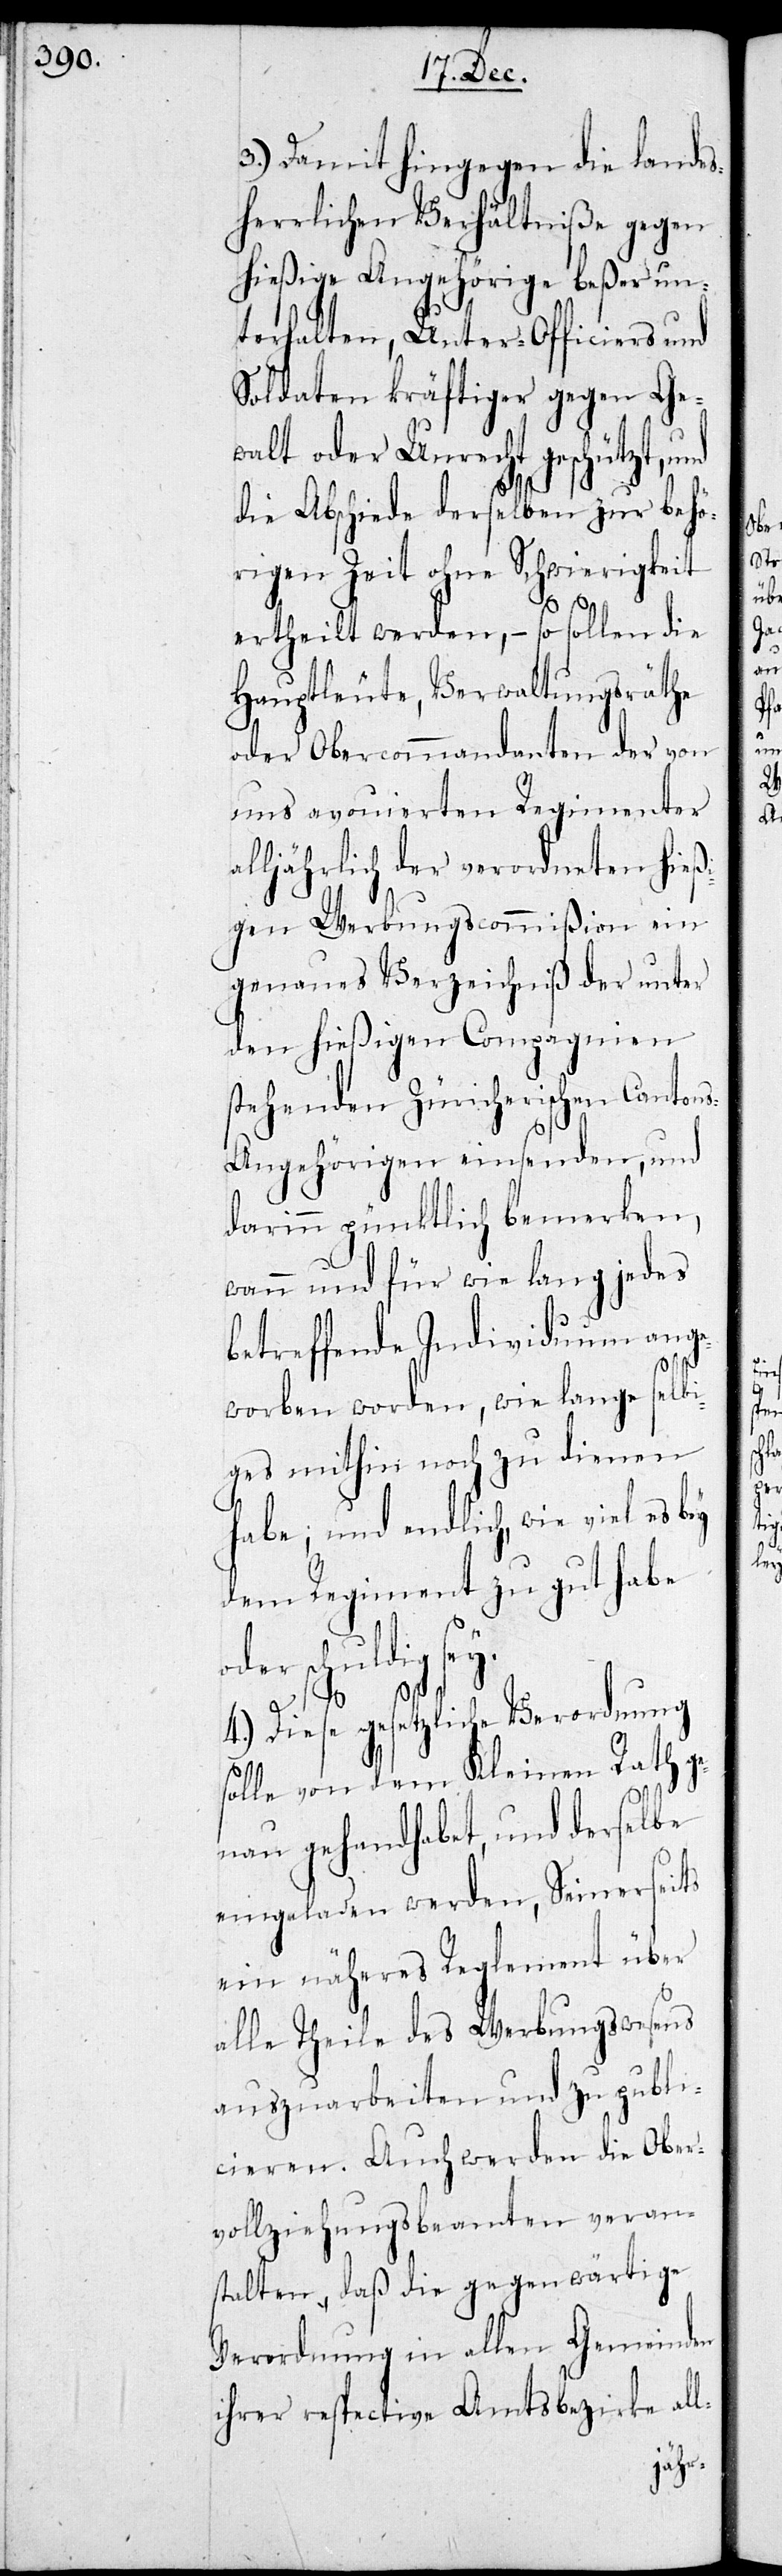
3.) Damit hingegen die landes¬
herrlichen Verhältniße gegen
hießige Angehörige beßer un¬
terhalten, Unter-Officiers und
Soldaten kräftiger gegen Ge¬
walt oder Unrecht geschützt, und
die Abschiede derselben zur behö¬
rigen Zeit ohne Schwierigkeit
ertheilt werden, – so sollen die
Hauptleute, Verwaltungsräthe
oder Obercommandanten der von
uns avouierten Regimenter
alljährlich der verordneten hießi¬
gen Werbungscommißion ein
genaues Verzeichniß der unter
den hießigen Compagnien
stehenden Züricherischen Canton¬
s-Angehörigen einsenden, und
darin pünktlich bemerken,
wann und für wie lang jedes
betreffende Individuum ange¬
worben worden, wie lange selbi¬
ges mithin noch zu dienen
habe; und endlich, wie viel es bey
dem Regiment zu gut habe
oder schuldig sey.
4.) Diese gesetzliche Verordnung
solle von dem Kleinen Rath ge¬
nau gehandhabt, und derselbe
eingeladen werden, seinerseits
ein näheres Reglement über
alle Theile des Werbungswesens
auszuarbeiten und zu publi¬
cieren. Auch werden die Ober¬
vollziehungsbeamten veran¬
stalten, daß die gegenwärtige
Verordnung in allen Gemeinden
ihrer respective Amtsbezirke all-